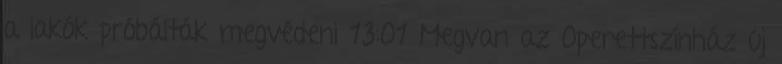
a lakók próbálták megvédeni 13:01 Megvan az Operettszínház új